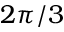
2 \pi / 3